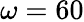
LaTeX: \omega=60